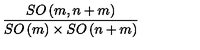
\frac { S O \left( m , n + m \right) } { S O \left( m \right) \times S O \left( n + m \right) }